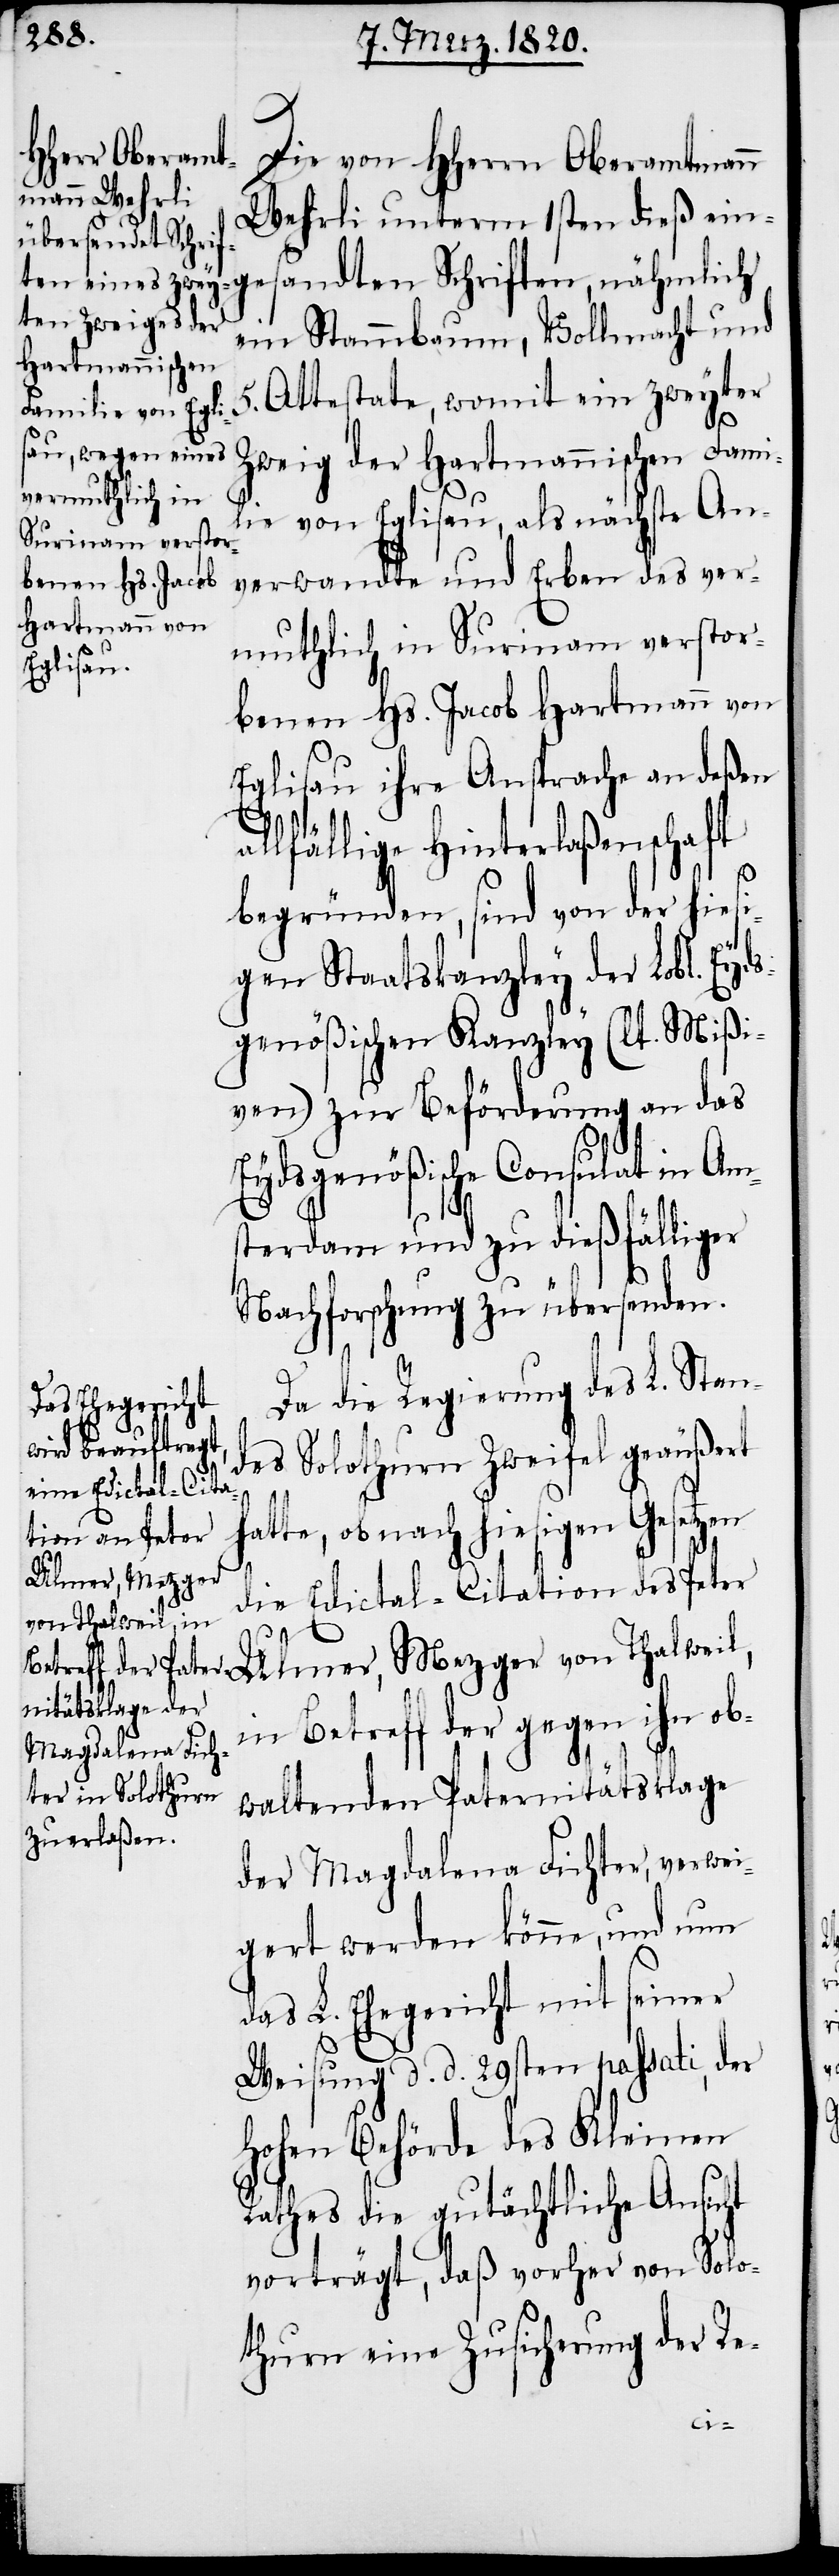
Die von HHerrn Oberamtmann
Wehrli unterm 1sten dieß ein¬
gesandten Schriften, nähmlich
ein Stammbaum, Vollmacht und
Attestate, womit ein zweyter
Zweig der Hartmannischen Famili¬
e von Eglisau, als nächste An¬
5.
verwandte und Erben des ver¬
muthlich in Surinam verstor¬
benen Hs. Jacob Hartmann von
Eglisau ihre Ansprache an deßen
llfällige Hinterlaßenschaft
begründen, sind von der hies¬
igen Staatskanzley der Lobl. Eyds¬
genößischen Kanzley (lt. Mißi¬
ven) zur Beförderung an das
Eydsgenößische Consulat in Am¬
sterdam und zu dießfälliger
Nachforschung zu übersenden.
Da die Regierung des L. Stan¬
des Solothurn Zweifel geäußert
hatte, ob nach hiesigen Gesetzen
Ulmer, Mezger
die Edictal-Citation des Peter
von Thalweil, in
Betreff der gegen ihn ob¬
waltenden Paternitätsklage
der Magdalena Fichter, verwei¬
gert werden könne, und nun
das L. Ehegericht mit seiner
Weisung d. d. 29sten passati, der
Hohen Behörde des Kleinen
Rathes die gutächtliche Ansicht
vorträgt, daß vorher von Solo¬
thurn eine Zusicherung der Re-
a¬